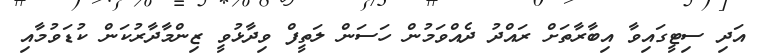
އަދި ސިޓީގައިވާ އިބާރާތަށް ރައްދު ދެއްވަމުން ހަސަން ލަތީފް ވިދާޅުވީ ޒިންމާދާރުކަން ކުޑަވުމާއި